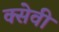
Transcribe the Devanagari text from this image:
क्सेवी